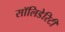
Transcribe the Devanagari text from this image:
सॉलिडेरिटी